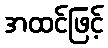
အထင်ဖြင့်